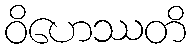
ဝိဟေဿတိ